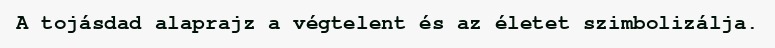
A tojásdad alaprajz a végtelent és az életet szimbolizálja.